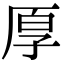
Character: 𫝗